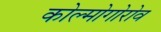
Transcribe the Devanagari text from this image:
कोल्मोगोरोव